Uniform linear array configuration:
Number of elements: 64
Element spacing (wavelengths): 0.75
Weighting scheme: hamming
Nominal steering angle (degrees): -30
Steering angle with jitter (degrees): -29.26
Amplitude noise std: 0.05
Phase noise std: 0.05

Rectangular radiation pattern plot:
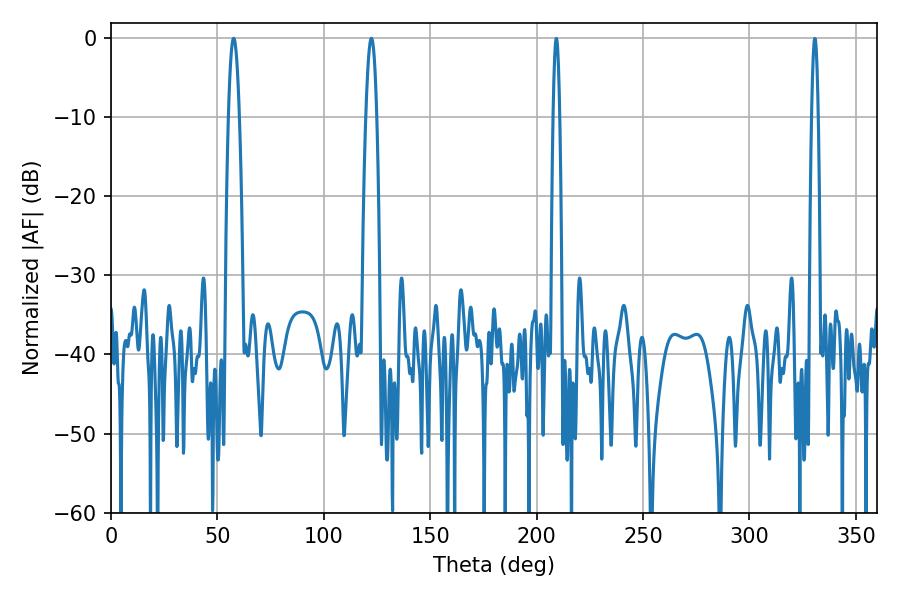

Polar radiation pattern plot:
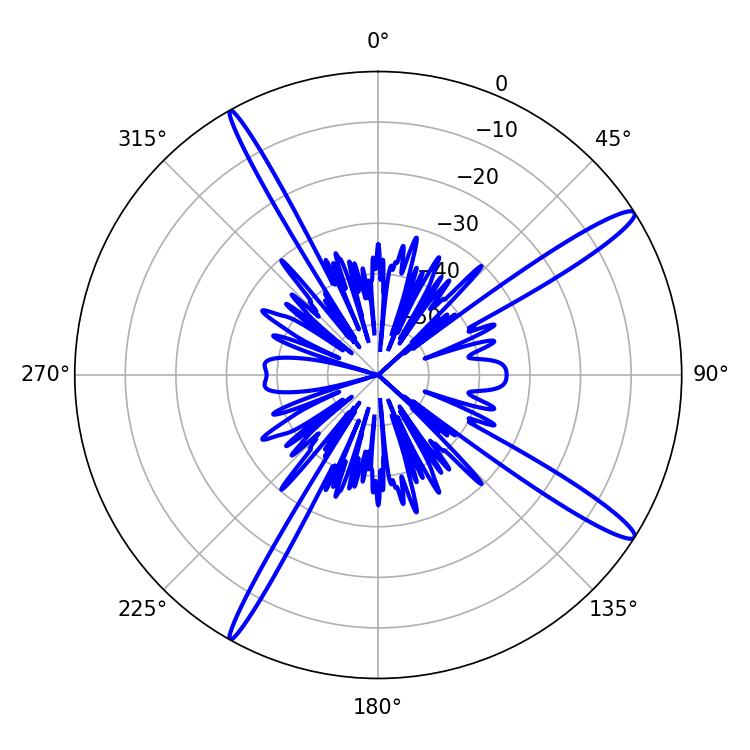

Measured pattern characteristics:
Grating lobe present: TRUE
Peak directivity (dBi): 15.313
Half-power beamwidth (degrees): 2.7
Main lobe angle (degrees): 57.6